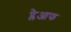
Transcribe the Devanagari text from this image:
प्लेआफ